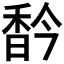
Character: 𩠻